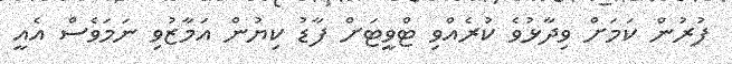
ފުރުން ކަމަށް ވިދާޅުވެ ކުރެއްވި ޓްވީޓަށް ފާޑު ކިޔުން އަމާޒުވި ނަމަވެސް އެއީ